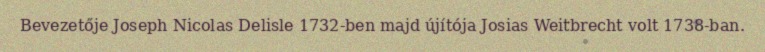
Bevezetője Joseph Nicolas Delisle 1732-ben majd újítója Josias Weitbrecht volt 1738-ban.